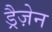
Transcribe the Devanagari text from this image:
ड्रैज़ेन